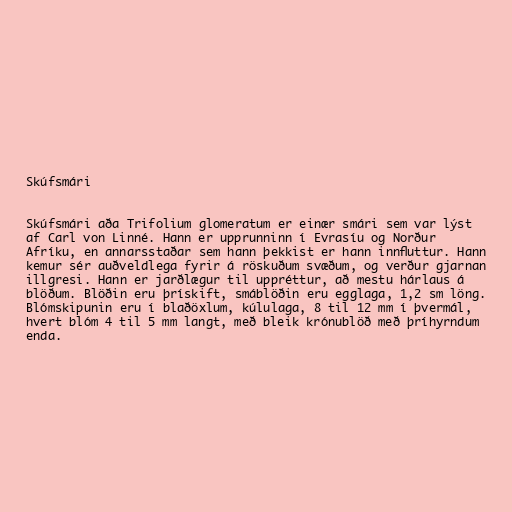
Skúfsmári

Skúfsmári aða Trifolium glomeratum er einær smári sem var lýst
af Carl von Linné. Hann er upprunninn í Evrasíu og Norður
Afríku, en annarsstaðar sem hann þekkist er hann innfluttur. Hann
kemur sér auðveldlega fyrir á röskuðum svæðum, og verður gjarnan
illgresi. Hann er jarðlægur til uppréttur, að mestu hárlaus á
blöðum. Blöðin eru þrískift, smáblöðin eru egglaga, 1,2 sm löng.
Blómskipunin eru í blaðöxlum, kúlulaga, 8 til 12 mm í þvermál,
hvert blóm 4 til 5 mm langt, með bleik krónublöð með þríhyrndum
enda.